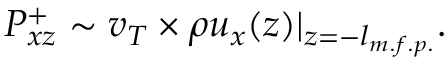
P _ { x z } ^ { + } \sim v _ { T } \times \rho u _ { x } ( z ) | _ { z = - l _ { m . f . p . } } .